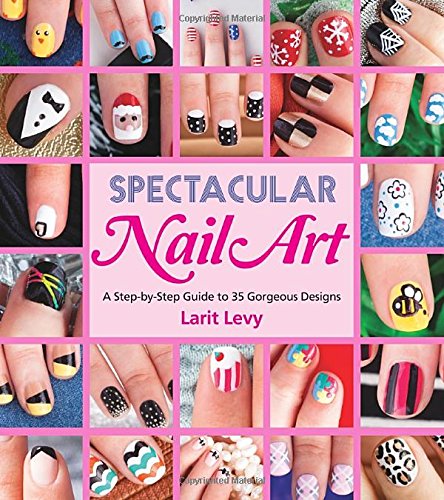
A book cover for Spectacular Nail Art: A Step-by-Step Guide to 35 Gorgeous Designs; Larit Levy; Crafts, Hobbies & Home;